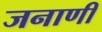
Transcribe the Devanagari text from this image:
जनाणी